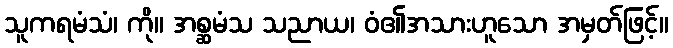
သူကရမံသံ၊ ကို။ အစ္ဆမံသ သညာယ၊ ဝံ၏အသားဟူသော အမှတ်ဖြင့်။